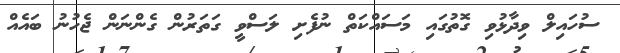
ސުހައިލް ވިދާޅުވި ގޮތުގައި މަސައްކަތް ނުފެށި ލަސްވީ ގަތަރުން ގެންނަން ޖެހުނު ބައެއް